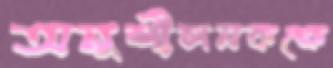
অনুশীলনকক্ষে